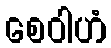
စေဝါဟံ